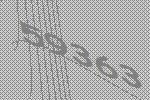
59363